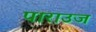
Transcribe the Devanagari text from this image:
पाराउज